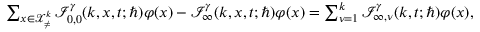
\begin{array} { r } { \sum _ { \boldsymbol { x } \in \mathcal { X } _ { \neq } ^ { k } } \mathcal { I } _ { 0 , 0 } ^ { \gamma } ( k , \boldsymbol { x } , t ; \hbar ) \varphi ( x ) - \mathcal { I } _ { \infty } ^ { \gamma } ( k , \boldsymbol { x } , t ; \hbar ) \varphi ( x ) = \sum _ { \nu = 1 } ^ { k } \mathcal { I } _ { \infty , \nu } ^ { \gamma } ( k , t ; \hbar ) \varphi ( x ) , } \end{array}